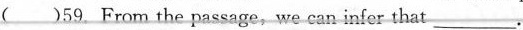
( )59 From the passage, we can infer that ___.